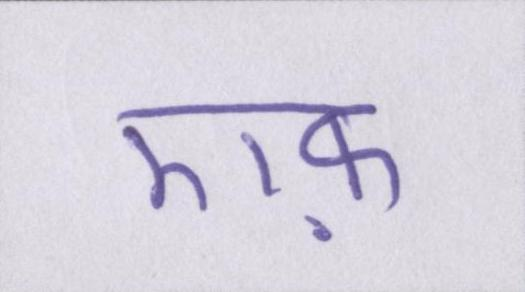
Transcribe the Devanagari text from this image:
एफ़